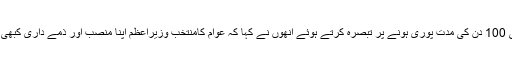
حکومت کی 100 دن کی مدت پوری ہونے پر تبصرہ کرتے ہوئے انھوں نے کہا کہ عوام کامنتخب وزیراعظم اپنا منصب اور ذمے داری کبھی نہیں بھولتا۔